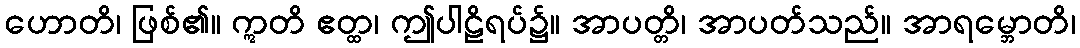
ဟောတိ၊ ဖြစ်၏။ ဣတိ ဧတ္ထ၊ ဤပါဠိရပ်၌။ အာပတ္တိ၊ အာပတ်သည်။ အာရမ္ဘောတိ၊